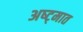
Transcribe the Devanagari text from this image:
अष्ट्मात